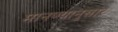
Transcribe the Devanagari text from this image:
मानण्यानुसार